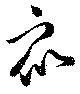
衆